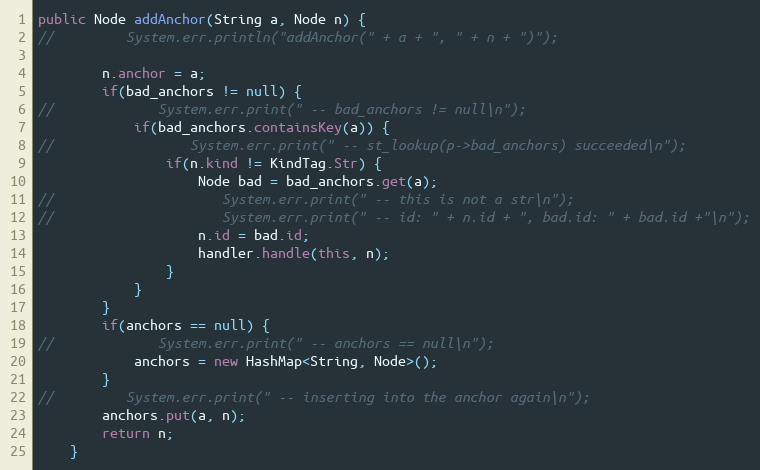
Language: Java
public Node addAnchor(String a, Node n) {
//         System.err.println("addAnchor(" + a + ", " + n + ")");

        n.anchor = a;
        if(bad_anchors != null) {
//             System.err.print(" -- bad_anchors != null\n");
            if(bad_anchors.containsKey(a)) {
//                 System.err.print(" -- st_lookup(p->bad_anchors) succeeded\n");
                if(n.kind != KindTag.Str) {
                    Node bad = bad_anchors.get(a);
//                     System.err.print(" -- this is not a str\n");
//                     System.err.print(" -- id: " + n.id + ", bad.id: " + bad.id +"\n");
                    n.id = bad.id;
                    handler.handle(this, n);
                }
            }
        }
        if(anchors == null) {
//             System.err.print(" -- anchors == null\n");
            anchors = new HashMap<String, Node>();
        }
//         System.err.print(" -- inserting into the anchor again\n");
        anchors.put(a, n);
        return n;
    }